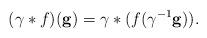
LaTeX: \begin{align*}(\gamma\ast f)(\mathbf{g})=\gamma\ast(f(\gamma^{-1}\mathbf{g})).\end{align*}